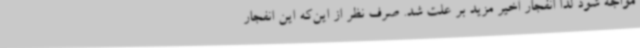
مواجه شود لذا انفجار اخیر مزید بر علت شد. صرف نظر از این‌که این انفجار